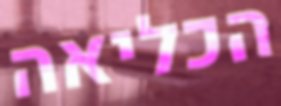
הכליאה